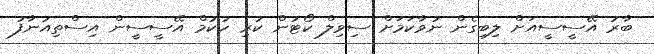
ބާރު އޭސީސީއަށް ލިބިގެން ނުވާކަމަށް ސިވިލް ކޯޓުން ކުރި ހުކުމް އޭސީސީން އިސްތިއުނާފު